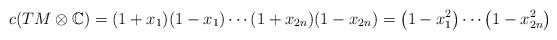
LaTeX: \begin{gather*}c(TM\otimes \mathbb{C}) = (1+x_1)(1-x_1)\cdots(1+x_{2n})(1-x_{2n})= \big(1-x_1^2\big)\cdots\big(1-x_{2n}^2\big)\end{gather*}